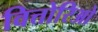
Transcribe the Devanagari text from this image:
वित्तोरिओ